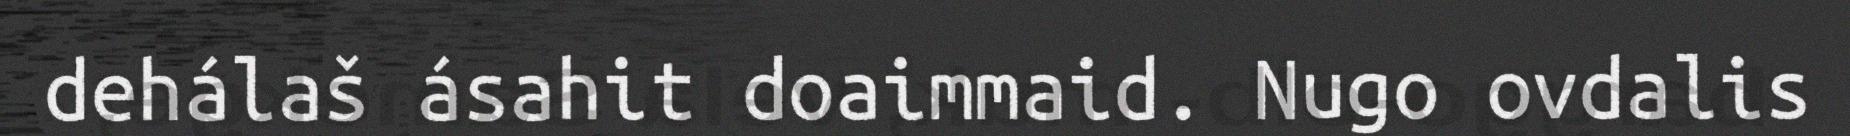
dehálaš ásahit doaimmaid. Nugo ovdalis